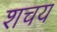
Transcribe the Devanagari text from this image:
शचय